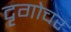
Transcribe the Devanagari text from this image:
दृगोचर